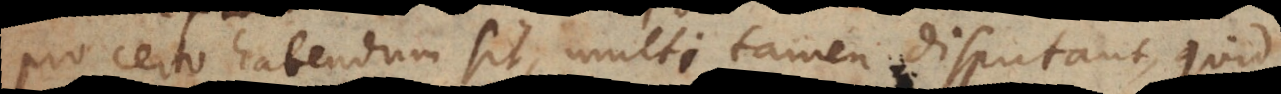
pro certo habendum sit, multi tamen disputant, quid